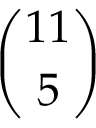
\binom { 1 1 } { 5 }